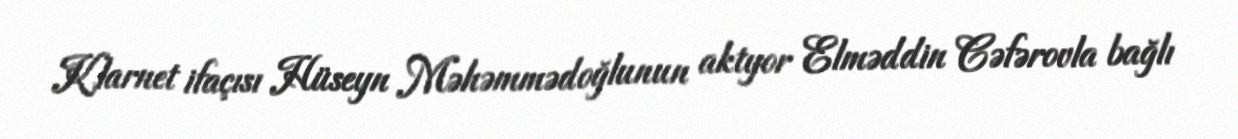
Klarnet ifaçısı Hüseyn Məhəmmədoğlunun aktyor Elməddin Cəfərovla bağlı